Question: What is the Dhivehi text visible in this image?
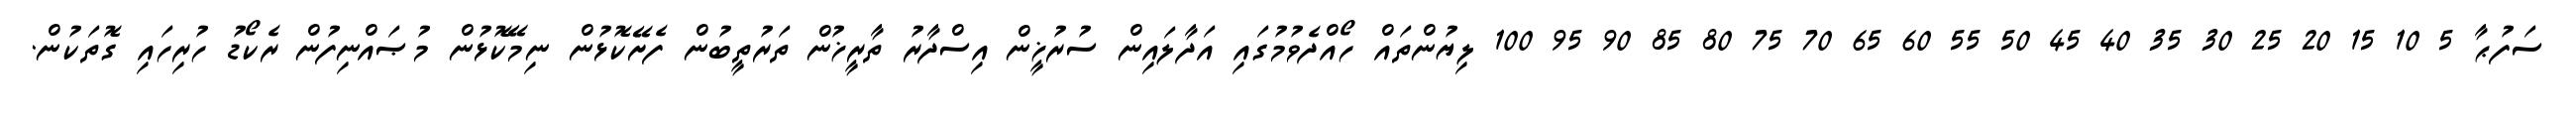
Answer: ސަފުޙާ 5 10 15 20 25 30 35 40 45 50 55 60 65 70 75 80 85 90 95 100 ލިޔުންތައް ހޯއްދެވުމުގައި އަދާލައިން ސުރުޚީން އިސްދާރު ތާރީޚުން ތަރުތީބުން ފެށޭކޮޅުން ނިމޭކޮޅުން މުޞައްނިފުން ރެކޯޑު ހުރިހައި ގޮތަކުން.